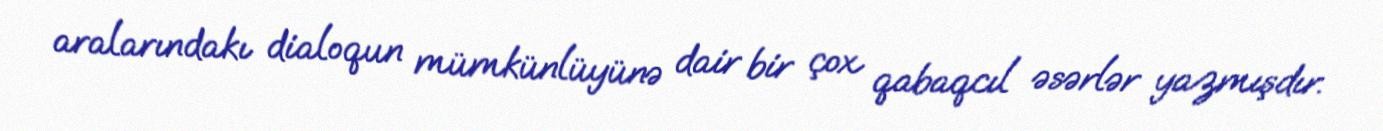
aralarındakı dialoqun mümkünlüyünə dair bir çox qabaqcıl əsərlər yazmışdır.